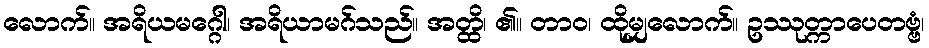
လောက်။ အရိယမဂ္ဂေါ၊ အရိယာမဂ်သည်။ အတ္ထိ၊ ၏။ တာဝ၊ ထိုမျှလောက်။ ဥဿုတ္ကာပေတဗ္ဗံ၊